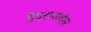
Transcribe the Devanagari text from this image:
हैदराबादेस